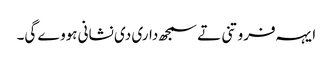
‏ ایہہ فروتنی تے سمجھ‌داری دی نشانی ہووے گی۔